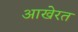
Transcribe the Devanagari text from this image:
आखेरत